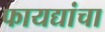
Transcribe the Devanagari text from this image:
फायद्यांचा